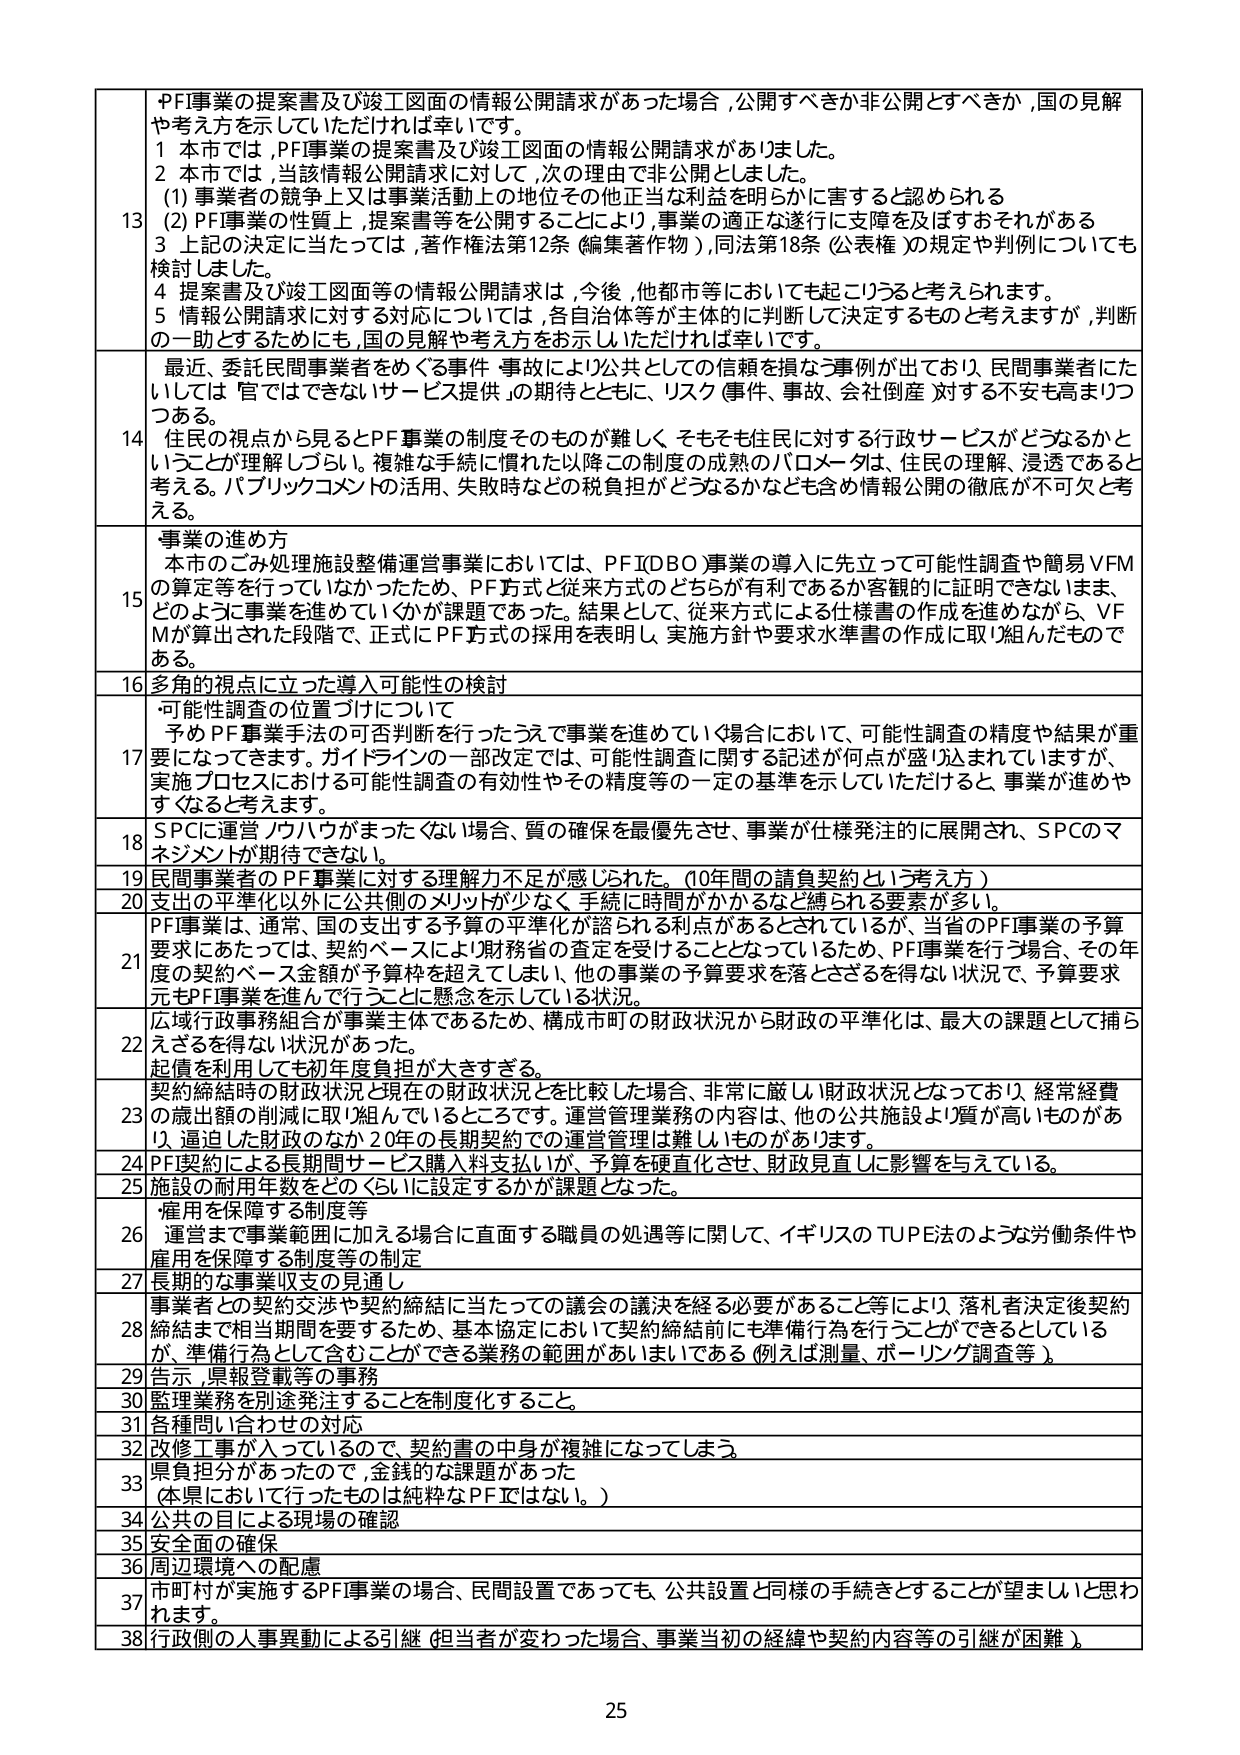
PF事業の提案書及び竣工図面の情報公開請求があった場合,公開すべきか非公開とすべきか,国の見解や考え方を示していただければ幸いです。
1 本市では,PF事業の提案書及び竣工図面の情報公開請求がありました。
2 本市では,当該情報公開請求に対して,次の理由で非公開としました。
(1) 事業者の競争上又は事業活動上の地位その他正当な利益を明らかに害すると認められる
(2) PF事業の性質上,提案書等を公開することにより,事業の適正な遂行に支障を及ぼすおそれがある
3 上記の決定に当たっては,著作権法第12条(編集著作物),同法第18条(公表権)の規定や判例についても検討しました。
4 提案書及び竣工図面等の情報公開請求は,今後,他都市等においても起こりうると考えられます。
5 情報公開請求に対する対応については,各自治体等が主体的に判断して決定するものと考えますが,判断の一助とするためにも,国の見解や考え方をお示しいただければ幸いです。

最近、委託民間事業者をめぐる事件・事故により公共としての信頼を損なう事例が出ており、民間事業者にたいしては「官ではできないサービス提供」の期待とともに、リスク(事件、事故、会社倒産)に対する不安も高まりつつある。
住民の視点から見るとPF事業の制度そのものが難しく、そもそも住民に対する行政サービスがどうなるかということが理解しづらい。複雑な手続に慣れた以降この制度の成熟のバロメータは、住民の理解、浸透であると考える。パブリックコメントの活用、失敗時などの税負担がどうなるかなども含め情報公開の徹底が不可欠と考える。

事業の進め方
本市のごみ処理施設整備運営事業においては、PF(IDO)事業の導入に先立って可能性調査や簡易VFMの算定等を行っていなかったため、PF方式と従来方式のどちらが有利であるか客観的に証明できないまま、どのように事業を進めていくかが課題であった。結果として、従来方式による仕様書の作成を進めながら、VFMが算定された段階で、正式にPF方式の採用を表明し、実施方針や要求水準書の作成に取り組んだものである。

16 多角的視点に立った導入可能性の検討
・可能性調査の位置づけについて
予めPF事業手法の可否判断を行ったうえで事業を進めていく場合において、可能性調査の精度や結果が重要になってきます。ガイドラインの一部改定では、可能性調査に関する記述が何点か盛り込まれていますが、実施プロセスにおける可能性調査の有効性やその精度等の一定の基準を示していただけると、事業が進めやすくなると考えます。

18 SPCに運営ノウハウがまったくない場合、質の確保を最優先させ、事業が仕様発注的に展開され、SPCのマネジメントが期待できない。

19 民間事業者のPF事業に対する理解力不足が感じられた。(10年間の請負契約という考え方)

20 支出の平準化以外に公共側のメリットが少なく、手続に時間がかかるなど遅られる要素が多い。

21 PF事業は、通常、国の支出の予算の平準化が認められる利点がとらえられているが、当省のPF事業の予算要求は、あたっては、契約ベースにより財務省の査定を受けることとなっているため、PF事業を行う場合、その年度の契約ベース金額が予算枠を超えてしまい、他の事業の予算要求を落とさざるを得ない状況で、予算要求元もPF事業を進んで行うことに懸念を示している状況。

22 広域行政事務組合が事業主体であるため、構成市町の財政状況から財政の平準化は、最大の課題として捕らえざるを得ない状況があった。
起債を利用しても初年度負担が大きすぎる。

23 契約締結時の財政状況と現在の財政状況を比較した場合、非常に厳しい財政状況となっており、経常経費の歳出額の削減の取り組んでいるところです。運営管理業務の内容は、他の公共施設より質が高いものがあり、逼迫した財政のなか20年の長期契約での運営管理は難しいものがあります。

24 PF契約による長期間サービス購入料支払いが、予算を硬化させ、財政見直しに影響を与えている。

25 施設の耐用年数をどのくらいに設定するかが課題となった。

26 雇用を保障する制度等
運営まで事業範囲に加える場合に直面する職員の処遇等に関して、イギリスのTUPE法のような労働条件や雇用を保障する制度等の制定

27 長期的な事業収支の見通し

28 事業者との契約交渉や契約締結に当たっての議会の議決を経る必要があること等により、落札者決定後契約締結まで相当期間を要するため、基本協定において契約締結前にも準備行為を行うことができるとしているが、準備行為として含むことができる業務の範囲があいまいである(例えば測量、ボーリング調査等)。

29 告示,原報登載等の事務

30 監理業務を別途発注することを制度化すること。

31 各種問い合わせの対応

32 改修工事が入っているので、契約書の中身が複雑になってしまう。

33 県負担分があったので、金銭的な課題があった
(本県において行ったものは純粋なPFではない。)

34 公共の目による現場の確認

35 安全面の確保

36 周辺環境への配慮

37 市町村が実施するPF事業の場合、民間設置であっても、公共設置と同様の手続きをすることが望ましいと思われます。

38 行政側の人事異動による引継(担当者が変わった場合、事業当初の経緯や契約内容等の引継が困難)。

25